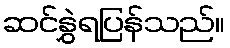
ဆင်နွှဲရပြန်သည်။